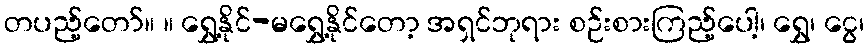
တပည့်တော်။ ။ ရွှေ့နိုင်-မရွှေ့နိုင်တော့ အရှင်ဘုရား စဉ်းစားကြည့်ပေါ့၊ ရွှေ၊ ငွေ၊